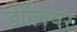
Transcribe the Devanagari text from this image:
डोज़ियर